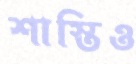
শাস্তিও